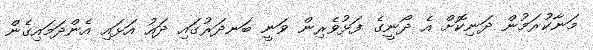
މަނާކުރަމުން ދަނިކޮށް އެ ދޯނީގެ ފަޅުވެރިން ވަނީ ބަނދަރުގައި ދައު އަޅައި އެންދަމައިގެން